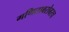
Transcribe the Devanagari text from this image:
गणिताबरोबरच